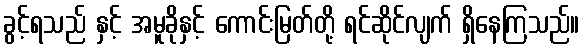
ခွင့်ရသည် နှင့် အမူခိုနှင့် ကောင်းမြတ်တို့ ရင်ဆိုင်လျက် ရှိနေကြသည်။